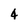
Character: 4